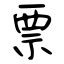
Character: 票